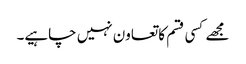
مجھے کسی قسم کا تعاون نہیں چاہیے۔